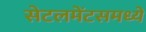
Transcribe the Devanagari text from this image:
सेटलमेंटसमध्ये